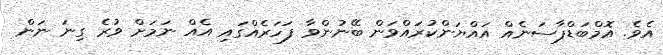
އެވެ. އޮމްބަޑްޕާސަނެއް އައްޔަންކުރައްވަން ބޭނުންވާ ފަހަރެއްގައި އެއް ނަމަށް ވުރެ ގިނަ ނަން